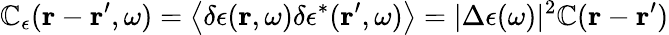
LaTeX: \mathbb{C}_{\epsilon}(\boldsymbol{\mathbf{{r}}}-\boldsymbol{\mathbf{{r}}}^{\prime},\omega)=\left\langle\delta\epsilon(\boldsymbol{\mathbf{{r}}},\omega)\delta\epsilon^{*}(\boldsymbol{\mathbf{{r}}}^{\prime},\omega)\right\rangle=|\Delta\epsilon(\omega)|^{2}\mathbb{C}(\boldsymbol{\mathbf{{r}}}-\boldsymbol{\mathbf{{r}}}^{\prime})